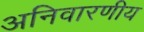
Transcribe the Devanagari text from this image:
अनिवारणीय